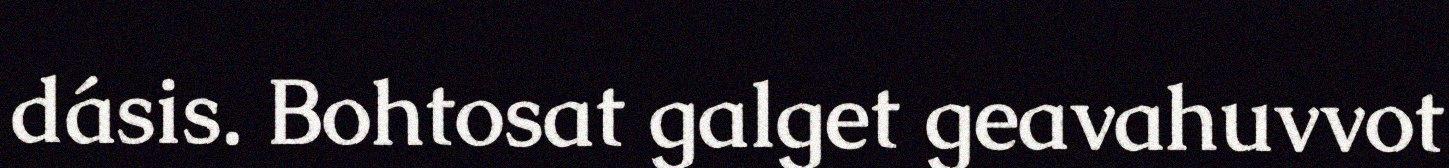
dásis. Bohtosat galget geavahuvvot